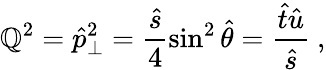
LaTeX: \mathbb{Q}^{2}=\hat{{p}}_{\perp}^{2}=\frac{{\hat{{s}}}}{{4}}\sin^{2}\hat{{\theta}}=\frac{{\hat{{t}}\hat{{u}}}}{{\hat{{s}}}}~,